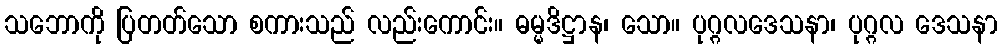
သဘောကို ပြတတ်သော စကားသည် လည်းကောင်း။ ဓမ္မဒိဋ္ဌာန၊ သော။ ပုဂ္ဂလဒေသနာ၊ ပုဂ္ဂလ ဒေသနာ